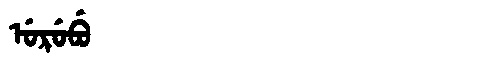
Manchu: ᡠᡵᡠᠪᡠ
Romanization: URUBU